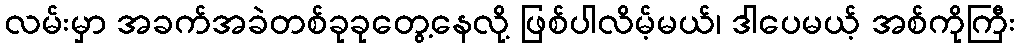
လမ်းမှာ အခက်အခဲတစ်ခုခုတွေ့နေလို့ ဖြစ်ပါလိမ့်မယ်၊ ဒါပေမယ့် အစ်ကိုကြီး